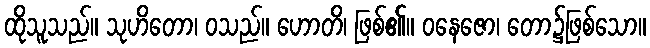
ထိုသူသည်။ သုဟိတော၊ ဝသည်။ ဟောတိ၊ ဖြစ်၏။ ဝနေဇော၊ တော၌ဖြစ်သော။